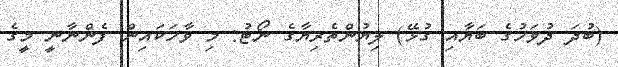
(ބުދަ ދުވަހުގެ ބަޔާއި ގުޅޭ) ލިޔުންތެރިޔާގެ ނޯޓު: މި ވާހަކައިން ފެންނާނީ މީގެ